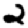
Digit: 2